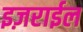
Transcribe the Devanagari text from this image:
इज़राईल